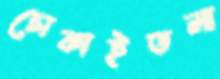
চোকাইতলা